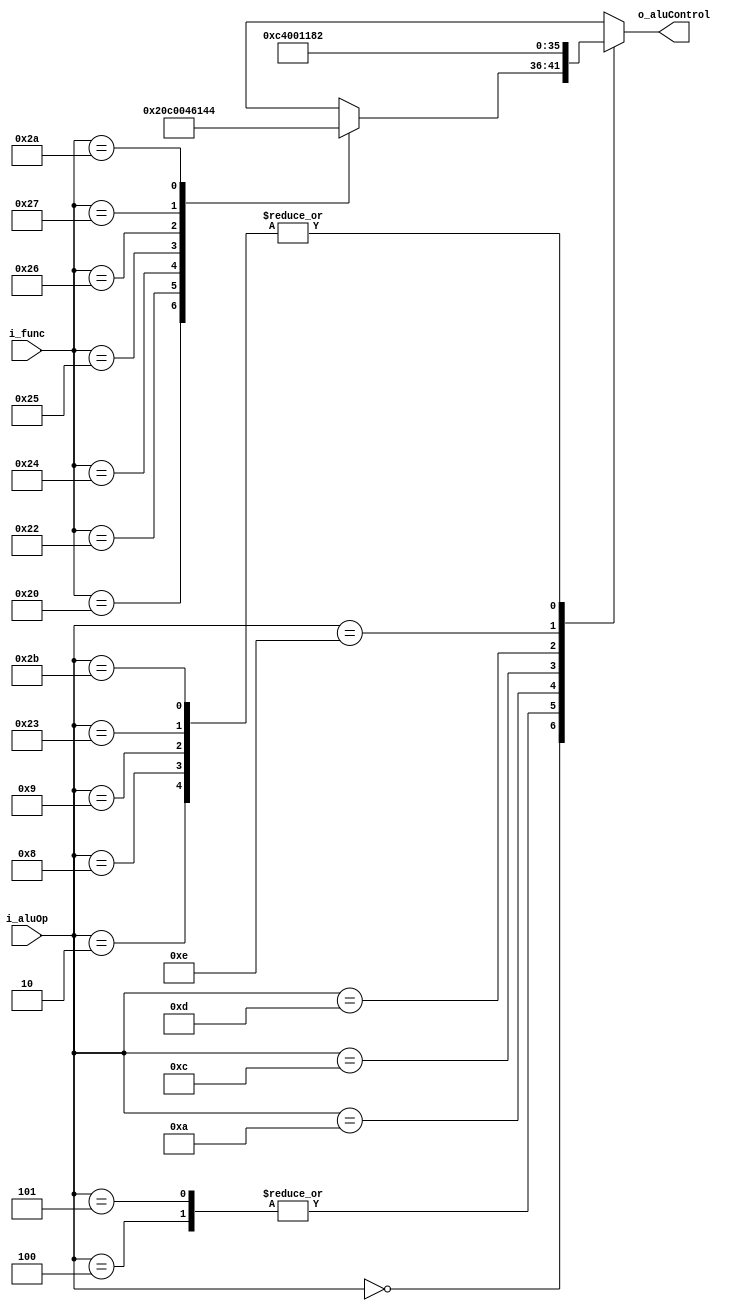
module alu_control(
		i_aluOp, 
		i_func, 
		o_aluControl
	);

	localparam [5:0] 
	AND = 0, 
	OR  = 1, 
	ADD = 2, 
	SUB = 3, 
	SLT = 4, 
	NOR = 5,
    XOR = 6;

	input       [5:0]   i_aluOp, i_func;
	output  reg [5:0]   o_aluControl;
	
	always@* begin 
		case (i_aluOp)
		// R-type
			0: begin	
				case (i_func)
					32: o_aluControl = ADD;
					34: o_aluControl = SUB;
					36: o_aluControl = AND;
					37: o_aluControl = OR;
                    38: o_aluControl = XOR;
					39: o_aluControl = NOR;
					42: o_aluControl = SLT;
					default: o_aluControl = 6'bx;
				endcase
			end
		// I-type
			2: begin    //  jump  
                o_aluControl = ADD;
            end
            4: begin    //  beq
                o_aluControl = SUB;
            end
            5: begin    //  bnq
                o_aluControl = SUB;
            end
            8: begin    //  addi
                o_aluControl = ADD;
            end
            9: begin    //  addiu
                o_aluControl = ADD;
            end
            10: begin   //  slti
                o_aluControl = SLT;
            end
            12: begin   //  andi
                o_aluControl = AND;
            end
            13: begin   //  ori
                o_aluControl = OR;
                end
            14: begin   //  xori
                o_aluControl = XOR;
            end
            35: begin   //  lw
                o_aluControl = ADD;
            end
            43: begin   //  sw
                o_aluControl = ADD;
            end
			default: o_aluControl = 6'bx;
		endcase
	end

endmodule